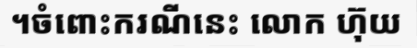
។ចំពោះករណីនេះ លោក ហ៊ុយ